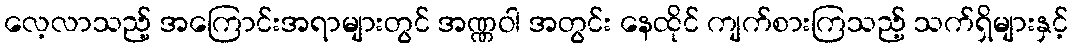
လေ့လာသည့် အကြောင်းအရာများတွင် အဏ္ဏဝါ အတွင်း နေထိုင် ကျက်စားကြသည့် သက်ရှိများနှင့်